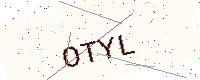
Text: OTYL